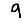
Digit: 9